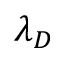
\lambda _ { D }